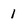
Character: 1